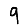
Digit: 9